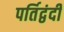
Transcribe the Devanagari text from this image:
पर्तिद्वंदी